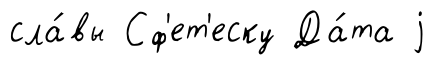
сла́вы Сф'ет'еску Да́та j